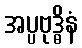
အပ္ပဗုဒ္ဓိနံ